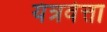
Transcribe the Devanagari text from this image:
यंत्रवेत्ता